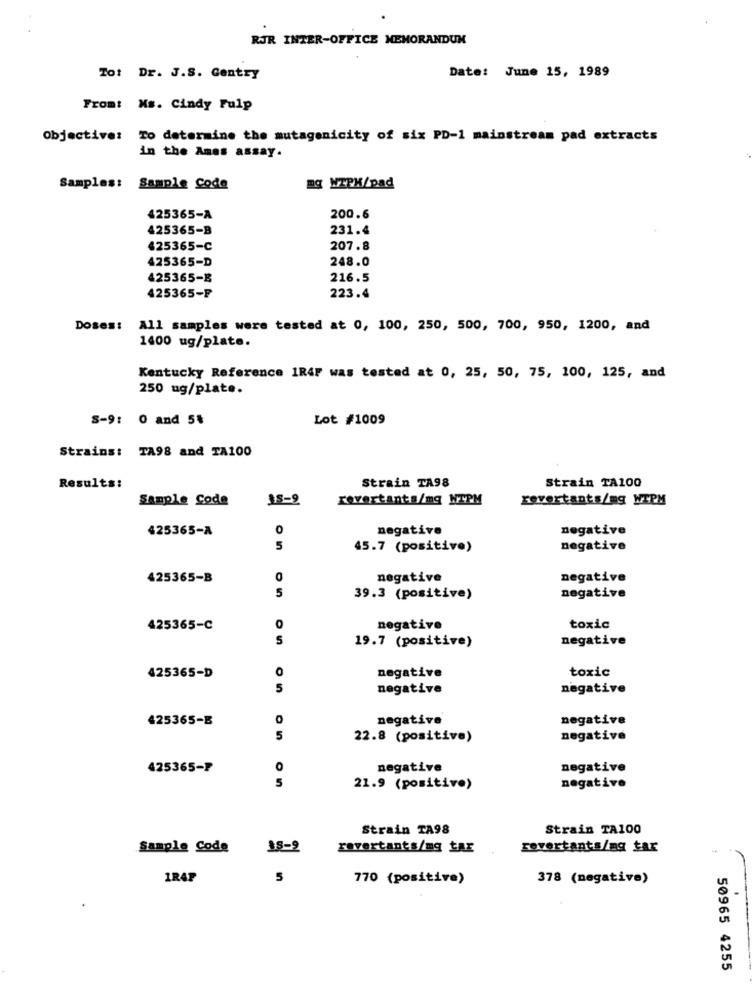
RJR INTER-OFFICE MEMORANDUM
Date: June 15, 1989
Tot Dr. J.S. Gentry
From: Ms. Cindy Fulp
Objective: To determine the mutagenicity of six PD-1 mainstream pad extracts
in the Ames assay.
Samples: Sample Code
mg WTPX/pad
425365-A
200.6
425365-B
231.4
425365-C
207.8
425365-D
248.0
425365-B
216.5
425365-F
223.4
Doses:
All samples were tested at 0, 100, 250, 500, 700, 950, 1200, and
1400 ug/plate.
Kentucky Reference IRAP was tested at 0, 25, 50, 75, 100, 125, and
250 ug/plate.
S-9: 0 and 5%
Lot #1009
Strains: TA98 and TA100
Results:
Strain TA98
Strain TA100
Sample Code
IS-9
revertants/mq NTPM
revertants/mg NTPM
425365-A
0
negative
negative
5
45.7 (positive)
negative
425365-B
0
negative
negative
5
39.3 (positive)
negative
425365-C
0
negative
toxic
S
19.7 (positive)
negative
O
negative
toxic
425365-D
5
negative
negative
425365-B
0
negative
negative
5
22.8 (positive)
negative
425365-₽
0
negative
negative
5
21.9 (positivo)
negative
Strain TA98
Strain TA100
Sample Code
18-9
revertants/mg taE
rovertants/ng far
1RAP
5
770 (positive)
378 (negative)
50965 4255